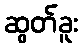
ဆွတ်ခူး